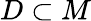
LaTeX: D\subset M